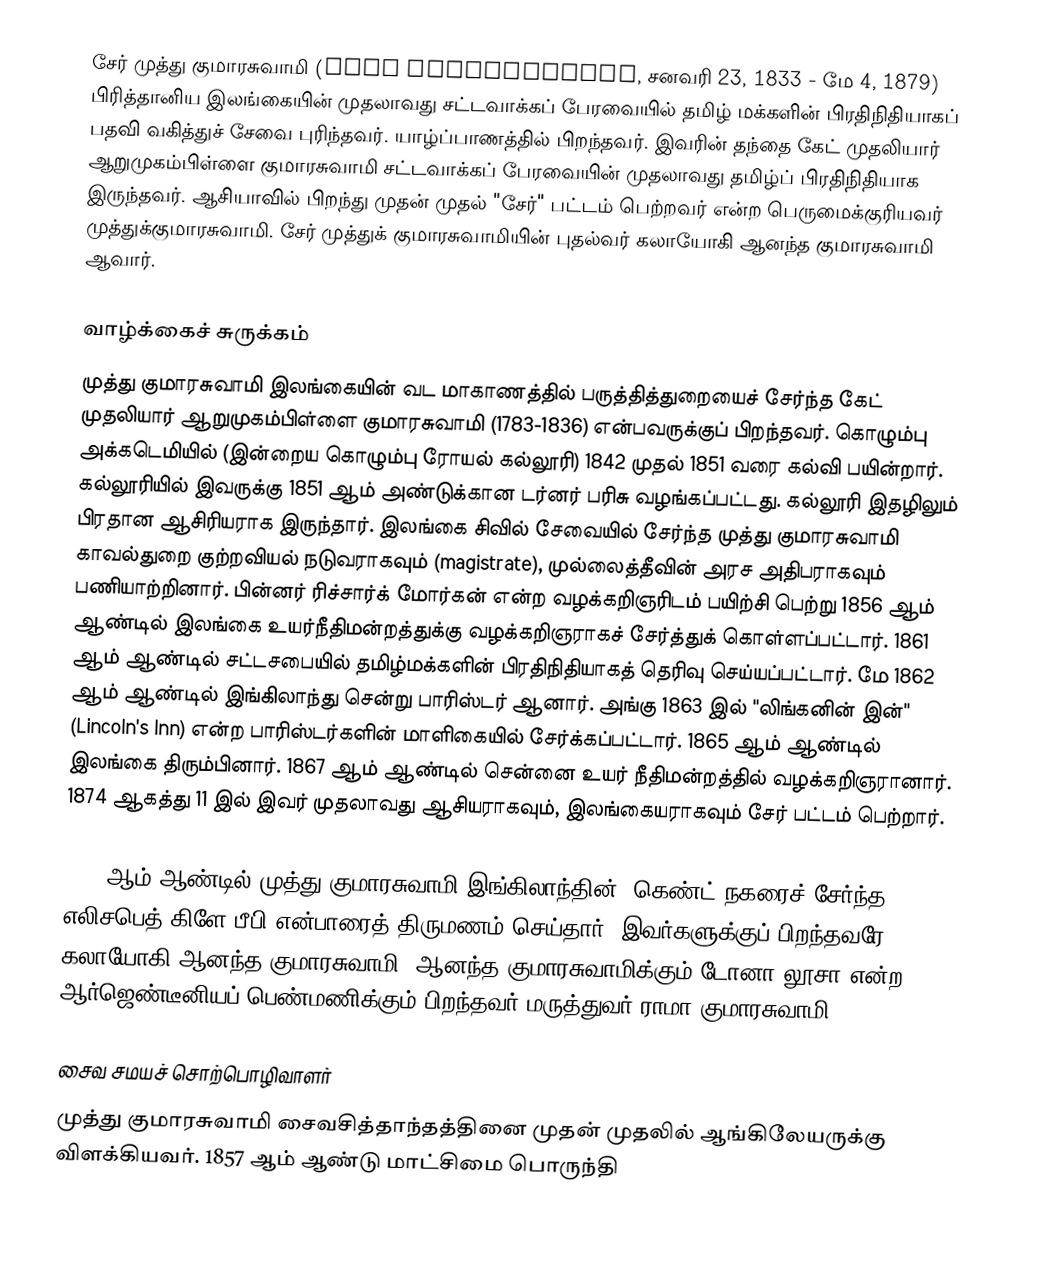
சேர் முத்து குமாரசுவாமி (Mutu Coomaraswamy, சனவரி 23, 1833 - மே 4, 1879) பிரித்தானிய இலங்கையின் முதலாவது சட்டவாக்கப் பேரவையில் தமிழ் மக்களின் பிரதிநிதியாகப் பதவி வகித்துச் சேவை புரிந்தவர். யாழ்ப்பாணத்தில் பிறந்தவர். இவரின் தந்தை கேட் முதலியார் ஆறுமுகம்பிள்ளை குமாரசுவாமி சட்டவாக்கப் பேரவையின் முதலாவது தமிழ்ப் பிரதிநிதியாக இருந்தவர். ஆசியாவில் பிறந்து முதன் முதல் "சேர்" பட்டம் பெற்றவர் என்ற பெருமைக்குரியவர் முத்துக்குமாரசுவாமி. சேர் முத்துக் குமாரசுவாமியின் புதல்வர் கலாயோகி ஆனந்த குமாரசுவாமி ஆவார்.

வாழ்க்கைச் சுருக்கம்
முத்து குமாரசுவாமி இலங்கையின் வட மாகாணத்தில் பருத்தித்துறையைச் சேர்ந்த கேட் முதலியார் ஆறுமுகம்பிள்ளை குமாரசுவாமி (1783-1836) என்பவருக்குப் பிறந்தவர். கொழும்பு அக்கடெமியில் (இன்றைய கொழும்பு ரோயல் கல்லூரி) 1842 முதல் 1851 வரை கல்வி பயின்றார். கல்லூரியில் இவருக்கு 1851 ஆம் அண்டுக்கான டர்னர் பரிசு வழங்கப்பட்டது. கல்லூரி இதழிலும் பிரதான ஆசிரியராக இருந்தார். இலங்கை சிவில் சேவையில் சேர்ந்த முத்து குமாரசுவாமி காவல்துறை குற்றவியல் நடுவராகவும் (magistrate), முல்லைத்தீவின் அரச அதிபராகவும் பணியாற்றினார். பின்னர் ரிச்சார்க் மோர்கன் என்ற வழக்கறிஞரிடம் பயிற்சி பெற்று 1856 ஆம் ஆண்டில் இலங்கை உயர்நீதிமன்றத்துக்கு வழக்கறிஞராகச் சேர்த்துக் கொள்ளப்பட்டார். 1861 ஆம் ஆண்டில் சட்டசபையில் தமிழ்மக்களின் பிரதிநிதியாகத் தெரிவு செய்யப்பட்டார். மே 1862 ஆம் ஆண்டில் இங்கிலாந்து சென்று பாரிஸ்டர் ஆனார். அங்கு 1863 இல் "லிங்கனின் இன்" (Lincoln's Inn) என்ற பாரிஸ்டர்களின் மாளிகையில் சேர்க்கப்பட்டார். 1865 ஆம் ஆண்டில் இலங்கை திரும்பினார். 1867 ஆம் ஆண்டில் சென்னை உயர் நீதிமன்றத்தில் வழக்கறிஞரானார். 1874 ஆகத்து 11 இல் இவர் முதலாவது ஆசியராகவும், இலங்கையராகவும் சேர் பட்டம் பெற்றார்.

1877 ஆம் ஆண்டில் முத்து குமாரசுவாமி இங்கிலாந்தின், கெண்ட் நகரைச் சேர்ந்த எலிசபெத் கிளே பீபி என்பாரைத் திருமணம் செய்தார். இவர்களுக்குப் பிறந்தவரே கலாயோகி ஆனந்த குமாரசுவாமி. ஆனந்த குமாரசுவாமிக்கும் டோனா லூசா என்ற ஆர்ஜெண்டீனியப் பெண்மணிக்கும் பிறந்தவர் மருத்துவர் ராமா குமாரசுவாமி.

சைவ சமயச் சொற்பொழிவாளர்
முத்து குமாரசுவாமி சைவசித்தாந்தத்தினை முதன் முதலில் ஆங்கிலேயருக்கு விளக்கியவர். 1857 ஆம் ஆண்டு மாட்சிமை பொருந்தி